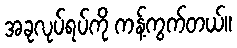
အခုလုပ်ရပ်ကို ကန့်ကွက်တယ်။